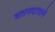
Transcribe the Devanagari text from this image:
वतनदाराने